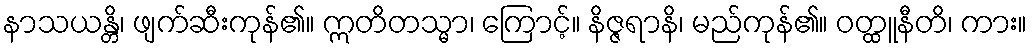
နာသယန္တိ၊ ဖျက်ဆီးကုန်၏။ ဣတိတသ္မာ၊ ကြောင့်။ နိဇ္ဇရာနိ၊ မည်ကုန်၏။ ဝတ္ထူနီတိ၊ ကား။